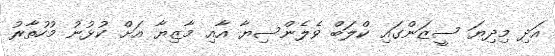
އަދި މިދިޔަ ސީޒަންގައި ކްލަބް ވެލެންސިޔާ އާއި މާޒިޔާ އަށް ކުޅުނު މުހުތާރު